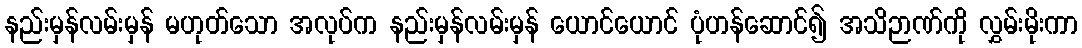
နည်းမှန်လမ်းမှန် မဟုတ်သော အလုပ်က နည်းမှန်လမ်းမှန် ယောင်ယောင် ပုံဟန်ဆောင်၍ အသိဉာဏ်ကို လွှမ်းမိုးကာ